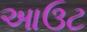
આઉટ